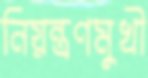
নিয়ন্ত্রণমুখী